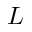
L